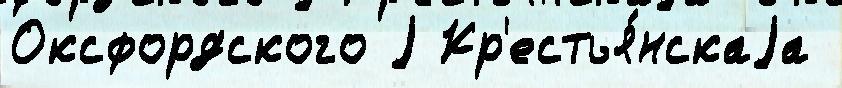
Оксфордского j Кр'естья́нскаjа